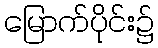
မြောက်ပိုင်း၌